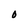
Character: O